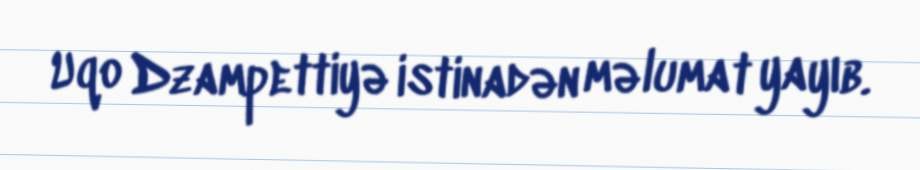
Uqo Dzampettiyə istinadən məlumat yayıb.